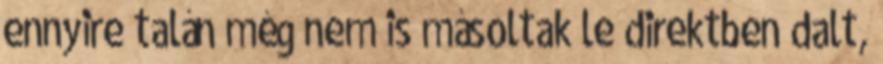
ennyire talán még nem is másoltak le direktben dalt,